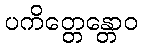
ပကိတ္တေန္တောဝ